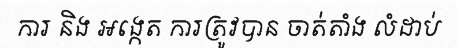
ការ និង អង្កេត ការត្រូវបាន ចាត់តាំង លំដាប់